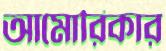
আমোরিকার